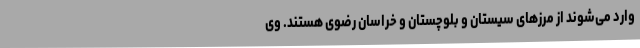
وارد می‌شوند از مرزهای سیستان و بلوچستان و خراسان رضوی هستند. وی